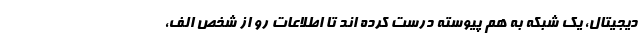
دیجیتال، یک شبکه به هم پیوسته درست کرده اند تا اطلاعات رو از شخص الف،